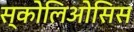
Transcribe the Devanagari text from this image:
स्कोलिओसिस